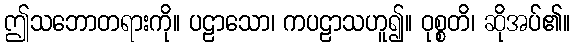
ဤသဘောတရားကို။ ပဠာသော၊ ကပဠာသဟူ၍။ ဝုစ္စတိ၊ ဆိုအပ်၏။